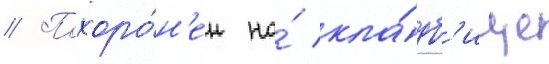
// Похоро́н'ен на́ кла́дб'ище